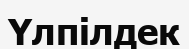
Үлпілдек